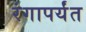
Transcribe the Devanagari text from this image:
रंगापर्यंत